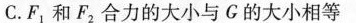
C.F_{1}和F_{2}合力的大小与G的大小相等